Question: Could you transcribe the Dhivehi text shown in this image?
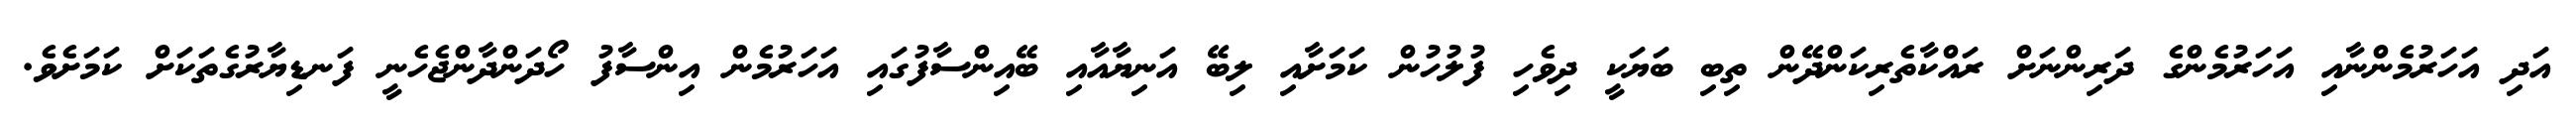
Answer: އަދި އަހަރުމެންނާއި އަހަރުމެންގެ ދަރިންނަށް ރައްކާތެރިކަންދޭން ތިބި ބަޔަކީ ދިވެހި ފުލުހުން ކަމަށާއި ލިބޭ އަނިޔާއާއި ބޭއިންސާފުގައި އަހަރުމެން އިންސާފު ހޯދަންދާންޖެހެނީ ފަނޑިޔާރުގެތަކަށް ކަމަށެވެ.